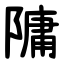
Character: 䧡